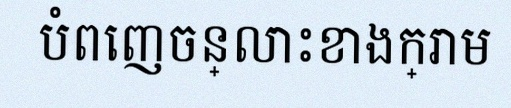
បំពេញចន្លោះខាងក្រោម